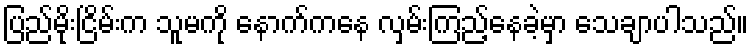
ပြည်မိုးငြိမ်းက သူမကို နောက်ကနေ လှမ်းကြည့်နေခဲ့မှာ သေချာပါသည်။